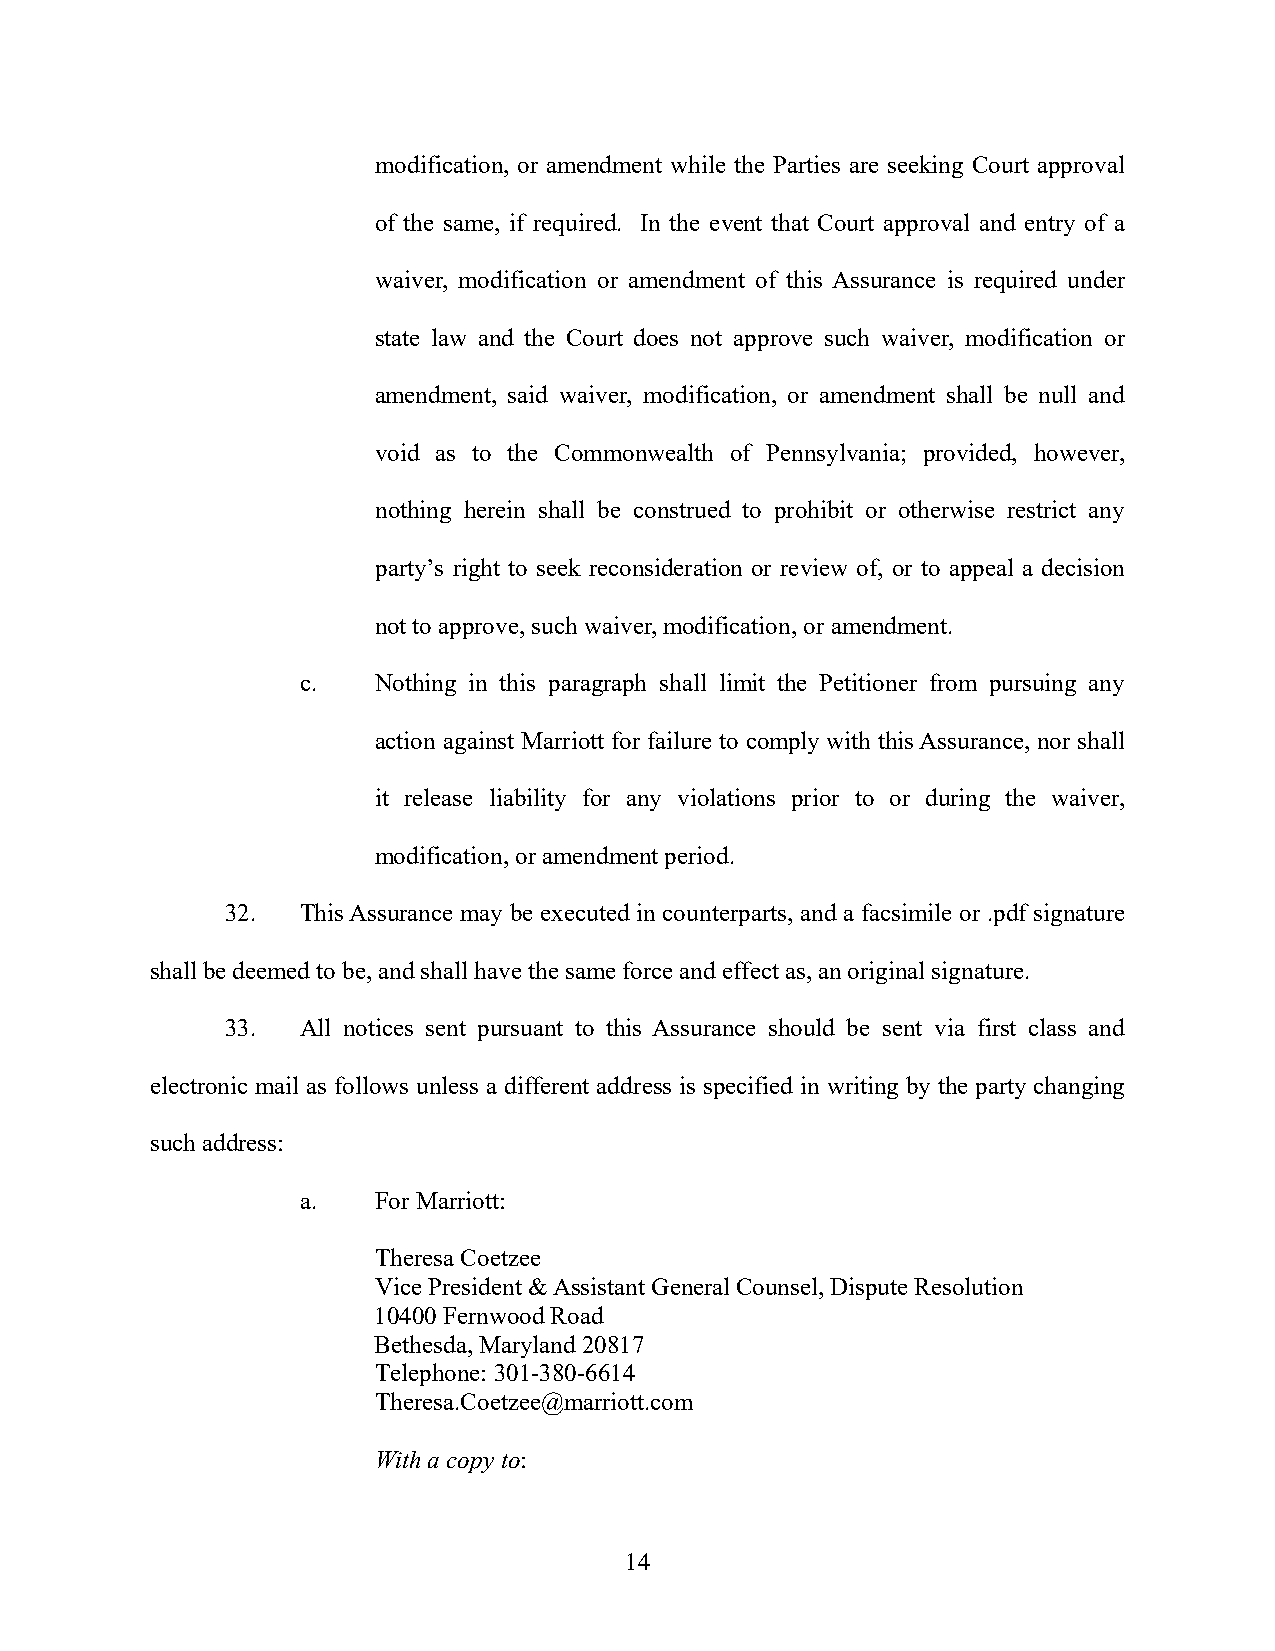
modification, or amendment while the Parties are seeking Court approval
 of the same, if required. In the event that Court approval and entry of a
 waiver, modification or amendment of this Assurance is required under
 state law and the Court does not approve such waiver, modification or
 amendment, said waiver, modification, or amendment shall be null and
 void as to the Commonwealth of Pennsylvania; provided, however,
 nothing herein shall be construed to prohibit or otherwise restrict any
 party’s right to seek reconsideration or review of, or to appeal a decision
 not to approve, such waiver, modification, or amendment.
 c.   Nothing in this paragraph shall limit the Petitioner from pursuing any
 action against Marriott for failure to comply with this Assurance, nor shall
 it release liability for any violations prior to or during the waiver,
 modification, or amendment period.
 32.  This Assurance may be executed in counterparts, and a facsimile or .pdf signature
 shall be deemed to be, and shall have the same force and effect as, an original signature.
 33.  All notices sent pursuant to this Assurance should be sent via first class and
 electronic mail as follows unless a different address is specified in writing by the party changing
 such address:
 a.   For Marriott:
 Theresa Coetzee
 Vice President & Assistant General Counsel, Dispute Resolution
 10400 Fernwood Road
 Bethesda, Maryland 20817
 Telephone: 301-380-6614
 Theresa.Coetzee@marriott.com
 With a copy to:
 14